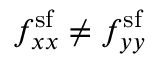
f _ { x x } ^ { \mathrm { s f } } \neq f _ { y y } ^ { \mathrm { s f } }